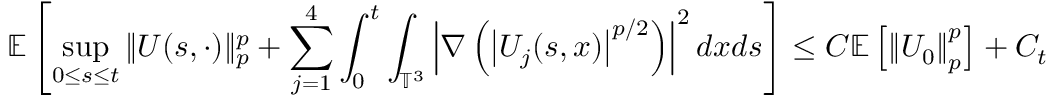
\mathbb { E } \left[ \operatorname* { s u p } _ { 0 \leq s \leq t } \| U ( s , \cdot ) \| _ { p } ^ { p } + \sum _ { j = 1 } ^ { 4 } \int _ { 0 } ^ { t } \int _ { \mathbb { T } ^ { 3 } } \left| \nabla \left( \left| U _ { j } ( s , x ) \right| ^ { p / 2 } \right) \right| ^ { 2 } d x d s \right] \leq C \mathbb { E } \left[ \left\| U _ { 0 } \right\| _ { p } ^ { p } \right] + C _ { t }